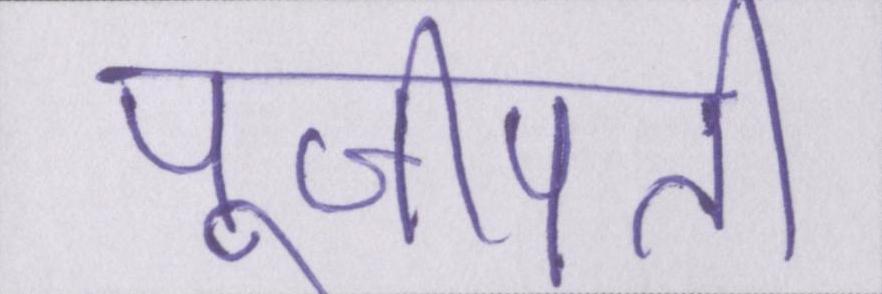
पूजीपति